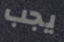
يجب